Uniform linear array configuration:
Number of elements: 48
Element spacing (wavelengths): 0.5
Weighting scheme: cosine
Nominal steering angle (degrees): -60
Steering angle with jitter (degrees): -60.089
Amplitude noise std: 0.05
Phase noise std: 0.05

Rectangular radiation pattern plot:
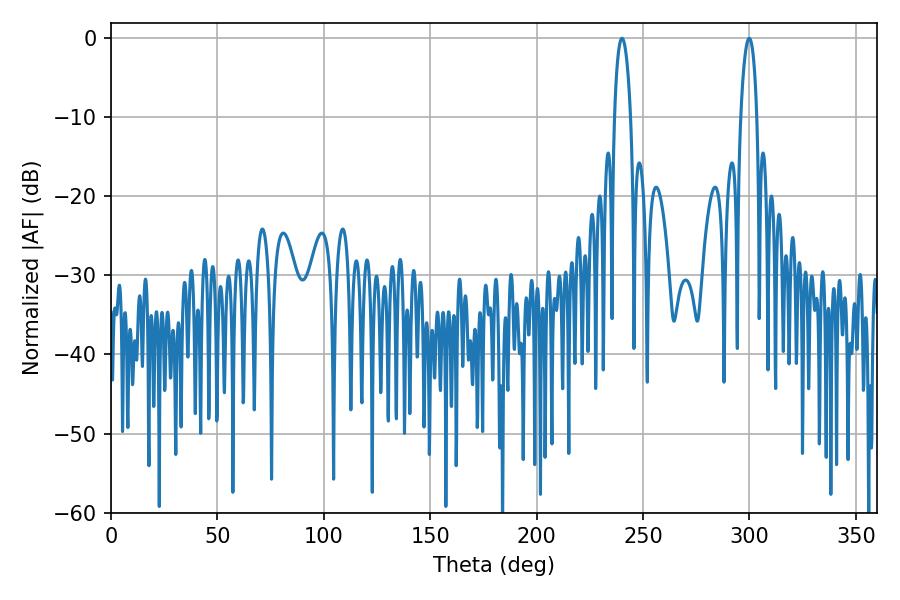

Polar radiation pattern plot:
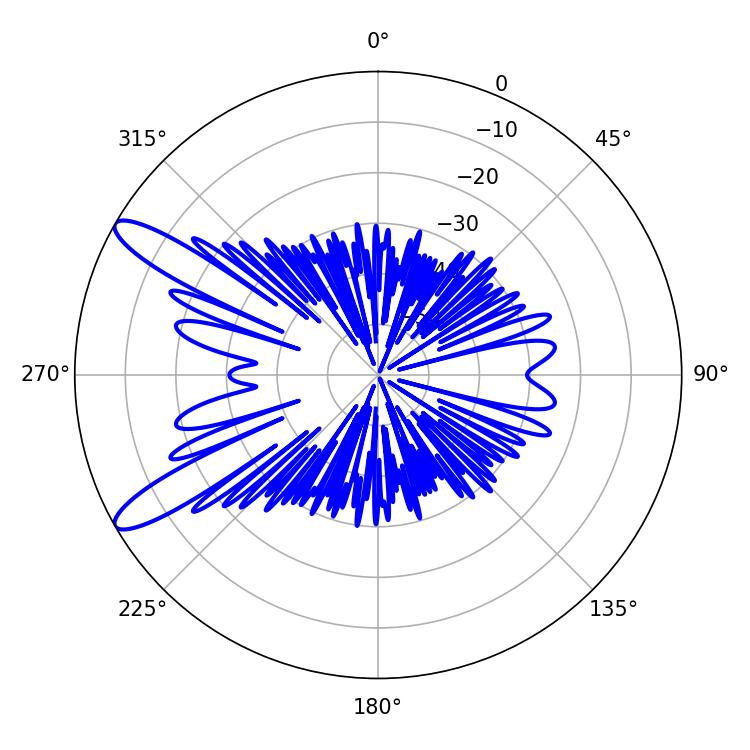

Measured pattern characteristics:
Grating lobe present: FALSE
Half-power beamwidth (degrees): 4.14
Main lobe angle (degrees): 240.12